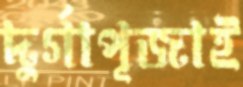
দুর্গাপূজাই